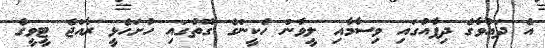
އެ ދައުވާގެ ދިފާއުގައި ވިސާމާއި ލީވާން ހެކީންގެ ގޮތުގައި ހުށަހެޅީ ރާއްޖެ ޓީވީގެ